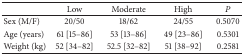
<table><thead><tr><td><b> </b></td><td><b>Low</b></td><td><b>Moderate </b></td><td><b>High</b></td><td><b><i>P</i></b></td></tr></thead><tbody><tr><td>Sex (M/F) </td><td>20/50</td><td>18/62 </td><td>24/55 </td><td>0.5070</td></tr><tr><td>Age (years)</td><td>61 [15–86]</td><td>53 [13–86]</td><td>49 [23–86]</td><td>0.5301</td></tr><tr><td>Weight (kg)</td><td>52 [34–82] </td><td>52.5 [32–82]</td><td>51 [38–92]</td><td>0.2581</td></tr></tbody></table>